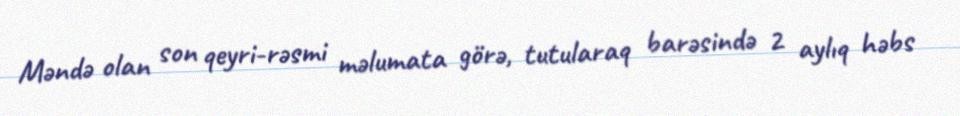
Məndə olan son qeyri-rəsmi məlumata görə, tutularaq barəsində 2 aylıq həbs